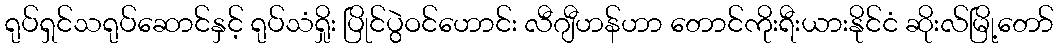
ရုပ်ရှင်သရုပ်ဆောင်နှင့် ရုပ်သံရှိုး ပြိုင်ပွဲဝင်ဟောင်း လီဂျီဟန်ဟာ တောင်ကိုးရီးယားနိုင်ငံ ဆိုးလ်မြို့တော်